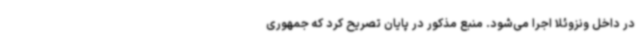
در داخل ونزوئلا اجرا می‌شود. منبع مذکور در پایان تصریح کرد که جمهوری